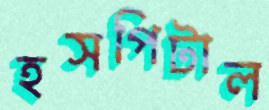
হসপিটাল